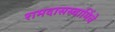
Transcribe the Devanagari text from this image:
रामदासस्वामिंचे